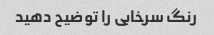
رنگ سرخابی را توضیح دهید